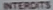
INTERIORS